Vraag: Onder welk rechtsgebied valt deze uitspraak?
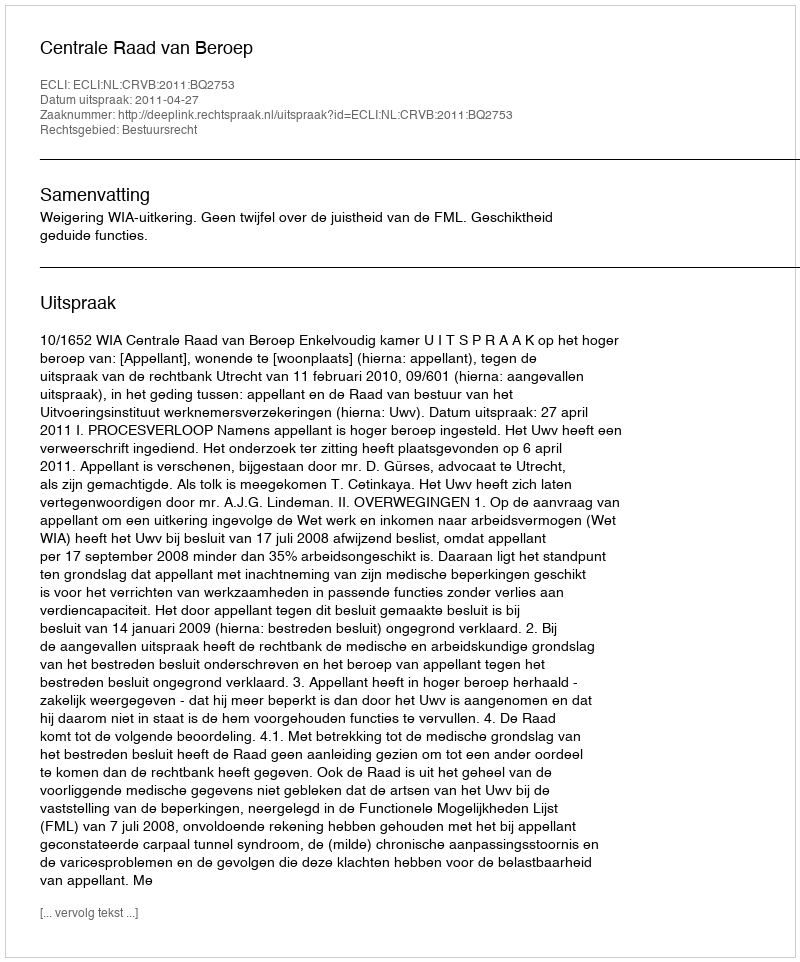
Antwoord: Bestuursrecht